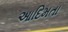
આદિમતા